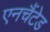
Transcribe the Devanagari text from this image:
एनचैंटेड